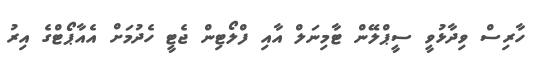
ހާރިސް ވިދާޅުވީ ސީޕްލޭން ޓާމިނަލް އާއި ފްލޯޓިން ޖެޓީ ހެދުމަށް އެއާޕޯޓްގެ އިރު